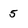
Character: 5